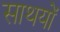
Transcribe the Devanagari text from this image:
साथयों